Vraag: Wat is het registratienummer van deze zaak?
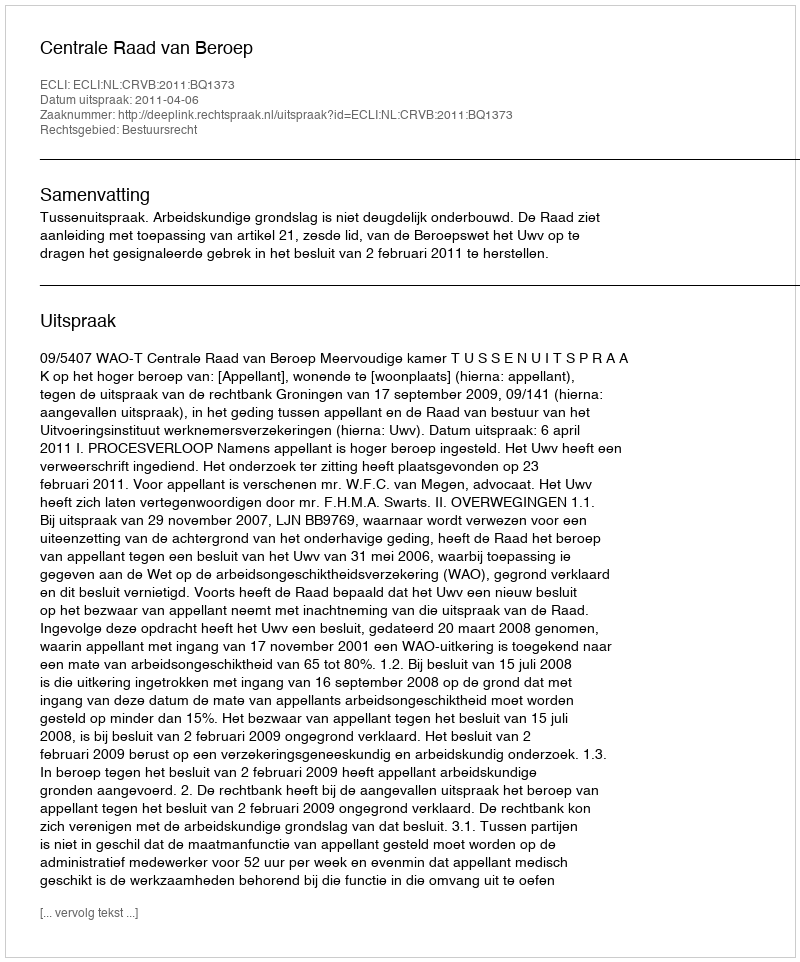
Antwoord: http://deeplink.rechtspraak.nl/uitspraak?id=ECLI:NL:CRVB:2011:BQ1373